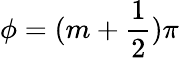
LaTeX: \phi=(m+\frac{1}{2})\pi